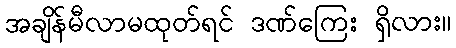
အချိန်မီလာမထုတ်ရင် ဒဏ်ကြေး ရှိလား။